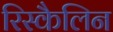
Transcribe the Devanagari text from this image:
रिस्कैलिन